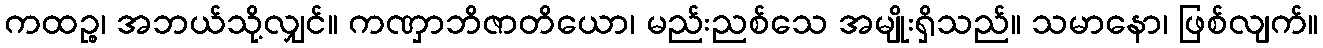
ကထဉ္စ၊ အဘယ်သို့လျှင်။ ကဏှာဘိဇာတိယော၊ မည်းညစ်သေ အမျိုးရှိသည်။ သမာနော၊ ဖြစ်လျက်။